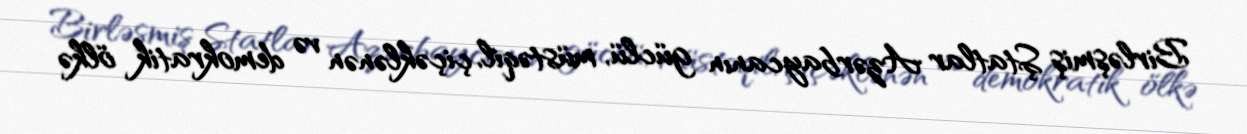
Birləşmiş Ştatlar Azərbaycanın güclü, müstəqil, çiçəklənən və demokratik ölkə